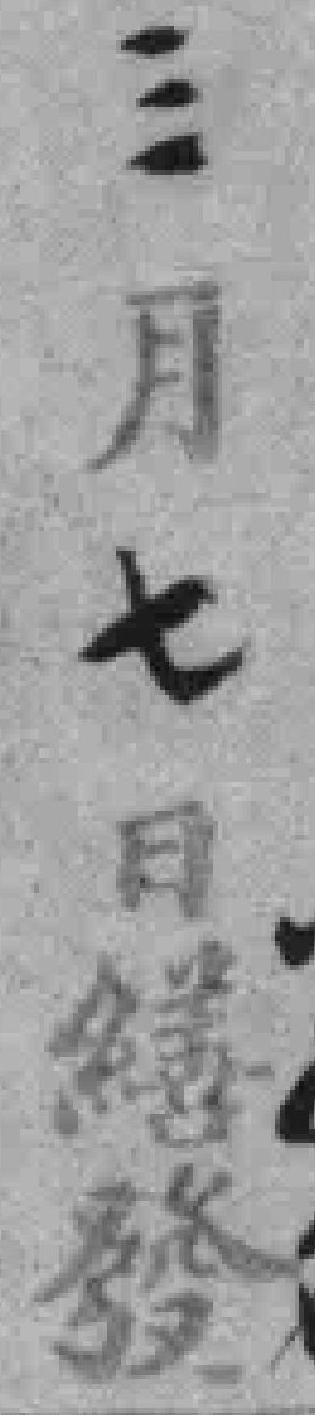
三月七日繕發